Annual report of the Punjab Veterinary College and of the Civil Veterinary Department, Punjab - 1909-1919
Year: 1909
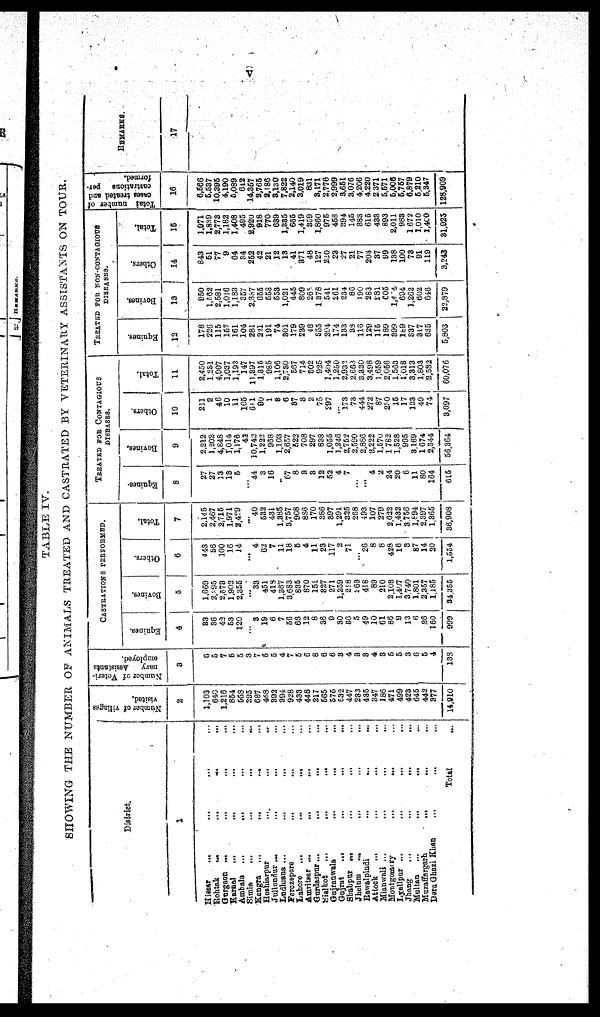
v
TABLE IV.
SHOWING THE NUMBER OF ANIMALS TREATED AND CASTRATED BY VETERINARY ASSISTANTS ON TOUR.
District.
1
Hissar ... ... ... ...
Rohtak
...
...
...
...
Gurgaon ...
...
... ...
Karnal
... ... ... ...
Ambala
... ... ... ...
Simla
...
...
...
...
Kangra
...
...
... ...
Hoshiarpur
...
... ... ...
Jullundur
...
...
... ... ...
Ludhana ... ... ... ...
Ferozepore
...
... ... ...
Lahore
...
...
... ...
Amritear ...
...
... ...
Gurdaspur...
... ... ...
Sislkot ... ... ... ...
Gajranwala
...
... ... ...
Gujrat ... ... ... ... ...
Shahpur ... ... ... ... ...
Jhelum ... ... ... ... ...
Rawalpindi ... ... ... ... ...
Attock ... ... ... ...
Mianwali ... ... ... ... ...
Montgomory
...
...
...
...
...
Lyallpur ... ... ... ... ...
Jhang
...
...
..
...
Multan
...
...
...
Muzaffargarh ... ... ... ... ...
Dara Gbazi Khan ... ... ... ...
Total ...
Number of villages
2
1,103
640
1,213
854
558
395
687
468
392
394
928
433
448
217
565
575
532
447
233
435
347
186
471
409
423
645
442
377
14,010
Number of Veteri-
nary
Aesistants
employed.
3
6
5
7
6
5
3
7
5
5
4
7
5
6
8
6
6
3
4
3
3
4
3
5
5
3
6
5
4
133
CASTRATIONS PERVORMED.
Equines.
4
83
36
43
58
120
...
3
19
6
7
56
68
12
8
36
9
30
66
5
49
10
61
86
9
13
6
36
160
909
Bovines.
5
1,669
2,95
2.573
1.902
2,355
...
33
451
419
1,367
3,683
835
870
151
887
271
1,259
218
263
416
89
210
2,l08
1,407
3,740
1,801
2,357
1,185
34,355
Others.
6
4 43
35
100
16
14
...
4
62
7
11
18
5
4
11
23
117
2
71
...
26
8
8
428
16
8
87
14
20
1,554
Total.
7
2,145
2,467
2,715
1,971
2,489
...
40
532
431
1,385
3,757
908
835
170
386
397
1,291
325
268
493
107
279
2,622
1,432
3,756
l,894
2,397
1,365
36,908
TREATED
FOR
CONTAGIOUS
DISEASES.
Equines
8
27
27
13
13
5
...
44
3
16
...
67
8
3
3
12
52
4
7
...
...
4
2
24
20
6
11
80
164
615
Bovines.
9
2,212
1,202
4,848
1,014
1,176
43
10,742
1,222
963
1,103
2,657
522
708
297
838
1,055
1,246
2,752
2,590
2,886
3,222
1,570
1,762
1,528
995
3,169
1674
2,34 4
56,364
Others,
10
211
2
46
10
11
105
611
60
1
8
6
37
3
2
75
297
... 173
73
441
272
87
230
15
17
133
49
74
3,097
Total.
11
2,450
1,231
4,907
1,037
1,192
147
11,897
1,815
985
1,106
2,730
567
714
802
925
1,494
1,250
2,932
2,663
3,330
3,498
1,659
2,056
1,563
1,018
3,313
1,803
2,582
60,076
TREATRD FOR NON-CONTAGIOUS
DISEAERS.
Equines.
12
178
226
115
157
161
104
281
221
191
74
301
179
239
16
933
201
174
133
38
116
129
116
189
899
l89
837
317
635
5,303
Berines.
13
950
l,662
2,581
1,016
1,133
357
2,387
655
553
553
1,021
445
809
266
1,378
541
261
234
86
190
263
231
605
1,414
694
1,262
602
646
22,379
Others.
14
843
51
77
9
64
84
252
42
21
12
13
41
371
48
127
220
23
27
21
77
203
37
99
138
100
73
91
119
3,243
Total.
15
1,071
1,839
2,773
1,182
1,408
495
2,920
818
770
039
1,335
665
1,419
359
1,860
975
453
894
145
383
615
433
893
2,011
983
1672
1,010
1,400
31,925
Total
number of
cases treated and
castrations per-
formed.
16
6,566
5,537
10,395
4,190
5,089
642
14,357
2,765
2,186
8,130
7,822
2,140
3,019
831
3,171
2,776
2,999
3,651
3,076
4,206
4,220
2,371
5,571
5,006
5,757
6,879
6,210
5,347
128,909
REMARKS.
17